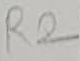
Text: R2